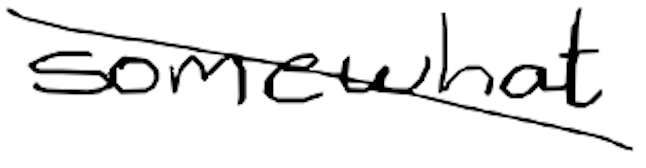
Text: somewhat
Cross-out: diagonal
Writing tool: digital_black